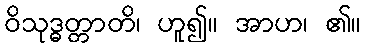
ဝိသုဒ္ဓတ္တာတိ၊ ဟူ၍။ အာဟ၊ ၏။